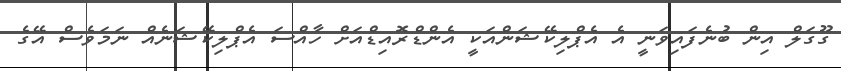
ގޫގަލް އިން ބުނެފައިވަނީ އެ އެޕްލިކޭޝަންއަކީ އެންޑްރޮއިޑްއަށް ހާއްސަ އެޕްލިކޭޝަނެއް ނަމަވެސް އޭގެ